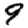
Digit: 9